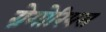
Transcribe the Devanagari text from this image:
ग्रेगोरियस